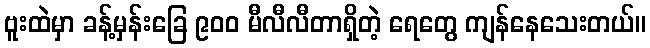
ဗူးထဲမှာ ခန့်မှန်းခြေ ၉၀၀ မီလီလီတာရှိတဲ့ ရေတွေ ကျန်နေသေးတယ်။